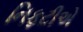
નિફટીએ